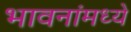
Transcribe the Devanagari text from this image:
भावनांमध्ये